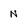
Character: N